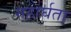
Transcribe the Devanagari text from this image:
महार्घता